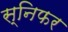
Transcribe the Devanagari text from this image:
स्निफर